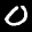
Label: 0